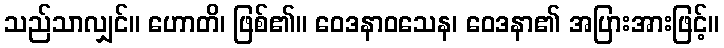
သည်သာလျှင်။ ဟောတိ၊ ဖြစ်၏။ ဝေဒနာဝသေန၊ ဝေဒနာ၏ အပြားအားဖြင့်။